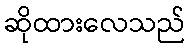
ဆိုထားလေသည်